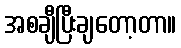
အစချီပြီးချတော့တာ။